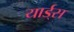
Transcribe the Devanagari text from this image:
यार्ड्‌स